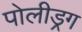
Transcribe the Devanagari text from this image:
पोलीड्रग